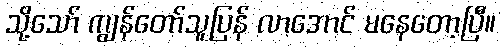
သို့သော် ကျွန်တော်သူပြန် လာအောင် မနေတော့ပြီ။